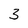
Character: 3